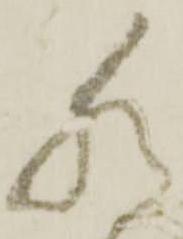
猶